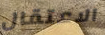
الاعتقال